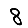
Digit: 8